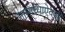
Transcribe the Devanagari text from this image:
नामाच्याऐवजी